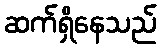
ဆက်ရှိနေသည်